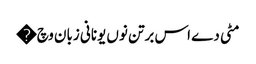
مٹی دے اس برتن نوں یونانی زبان وچ �